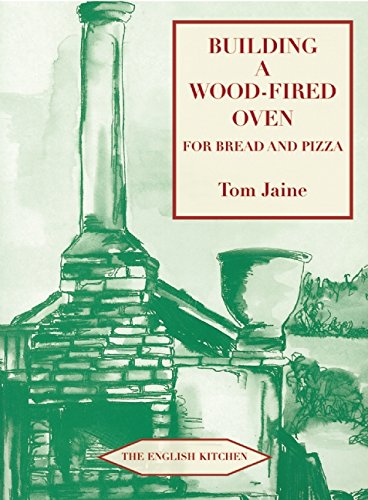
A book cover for Building a Wood-Fired Oven for Bread and Pizza (English Kitchen); Tom Jaine; Cookbooks, Food & Wine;